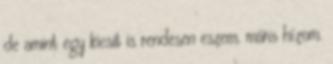
de amint egy kicsit is rendesen eszem, máris hízom.